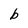
Character: b